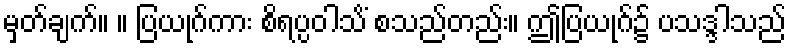
မှတ်ချက်။ ။ ပြယုဂ်ကား စိရပ္ပဝါသိံ စသည်တည်း။ ဤပြယုဂ်၌ ပသဒ္ဒါသည်